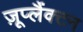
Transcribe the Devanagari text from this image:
ज़ूप्लैंक्टन